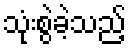
သုံးစွဲခဲ့သည့်